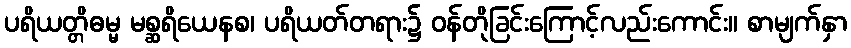
ပရိယတ္တိဓမ္မ မစ္ဆရိယေနစ၊ ပရိယတ်တရား၌ ဝန်တိုခြင်းကြောင့်လည်းကောင်း။ စာမျက်နှာ